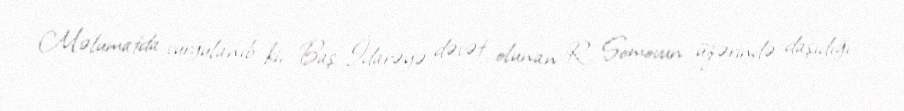
Məlumatda vurğulanıb ki, Baş İdarəyə dəvət olunan R. Somovun üzərində daşıdığı